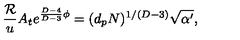
{ \frac { \cal R } { u } } A _ { t } e ^ { { \frac { D - 4 } { D - 3 } } \phi } = ( d _ { p } N ) ^ { 1 / ( D - 3 ) } \sqrt { \alpha ^ { \prime } } ,